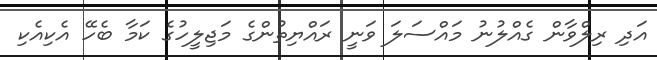
އަދި ރިލްވާން ގެއްލުނު މައްސަލަ ވަނީ ރައްޔިތުންގެ މަޖިލީހުގެ ކަމާ ބެހޭ އެކިއެކި